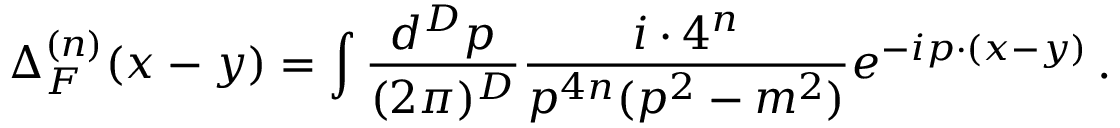
\Delta _ { F } ^ { ( n ) } ( x - y ) = \int \frac { d ^ { D } p } { ( 2 \pi ) ^ { D } } \frac { i \cdot 4 ^ { n } } { p ^ { 4 n } ( p ^ { 2 } - m ^ { 2 } ) } e ^ { - i p \cdot ( x - y ) } \, .